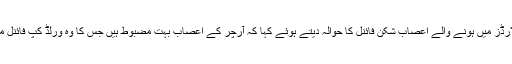
یونس خان نے نیوزی لینڈ کے خلاف گزشتہ سال لارڈز میں ہونے والے اعصاب شکن فائنل کا حوالہ دیتے ہوئے کہا کہ آرچر کے اعصاب بہت مضبوط ہیں جس کا وہ ورلڈ کپ فائنل میں اہم سپر اوور کراتے ہوئے ثبوت دے چکے ہیں۔